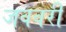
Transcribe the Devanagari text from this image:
जववरी